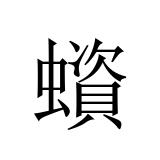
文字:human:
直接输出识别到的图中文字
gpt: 蠀